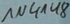
Text: 1N4148